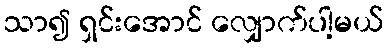
သာ၍ ရှင်းအောင် လျှောက်ပါ့မယ်